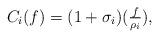
LaTeX: \begin{align*}C_i(f)=(1+\sigma_i)(\tfrac{f}{\rho_i}),\end{align*}